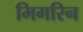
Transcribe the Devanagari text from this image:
मिगरिन